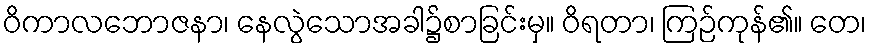
ဝိကာလဘောဇနာ၊ နေလွဲသောအခါ၌စာခြင်းမှ။ ဝိရတာ၊ ကြဉ်ကုန်၏။ တေ၊